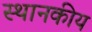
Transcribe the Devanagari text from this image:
स्थानकीय